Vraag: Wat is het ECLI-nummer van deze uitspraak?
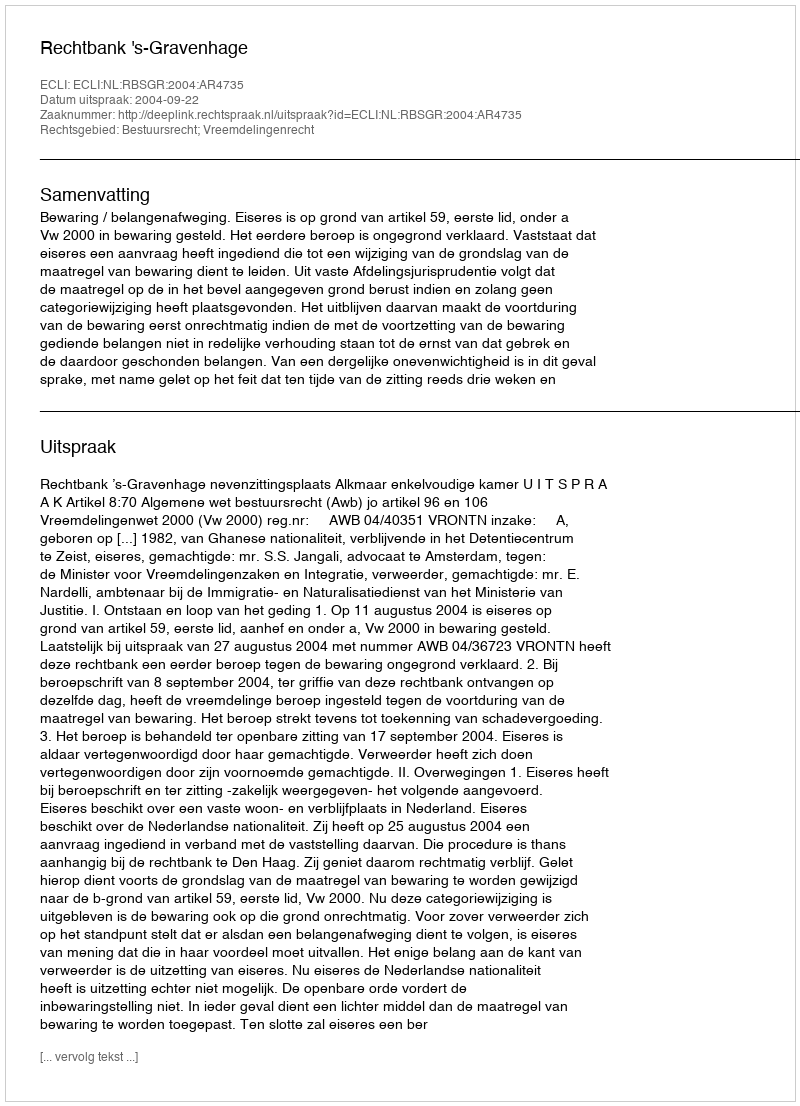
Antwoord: ECLI:NL:RBSGR:2004:AR4735